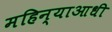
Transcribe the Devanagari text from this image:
महिन्याआधी